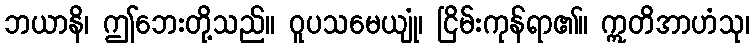
ဘယာနိ၊ ဤဘေးတို့သည်။ ဝူပသမေယျုံ၊ ငြိမ်းကုန်ရာ၏။ ဣတိအာဟံသု၊